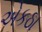
એકઠા